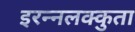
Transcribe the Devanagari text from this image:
इरन्नलक्कुता